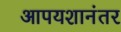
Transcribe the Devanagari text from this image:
आपयशानंतर